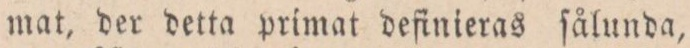
mat, der detta primat definieras ſålunda,